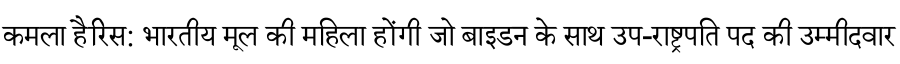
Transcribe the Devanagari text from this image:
कमला हैरिस: भारतीय मूल की महिला होंगी जो बाइडन के साथ उप-राष्ट्रपति पद की उम्मीदवार